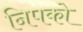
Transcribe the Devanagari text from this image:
निपको